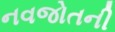
નવજોતની